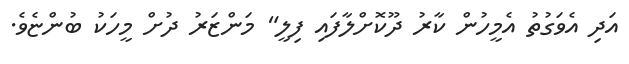
އަދި އެވަގުތު އެމީހުން ކާރު ދޫކޮށްލާފައި ފިލީ" މަންޒަރު ދުށް މީހަކު ބުންޏެވެ.